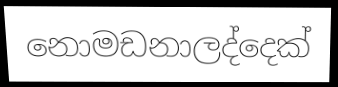
නොමඩනාලද්දෙක්